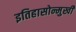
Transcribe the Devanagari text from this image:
इतिहासोन्मुखी